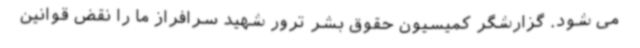
می شود. گزارشگر کمیسیون حقوق بشر ترور شهید سرافراز ما را نقض قوانین